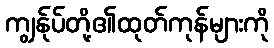
ကျွန်ုပ်တို့၏ထုတ်ကုန်များကို